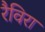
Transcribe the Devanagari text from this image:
रैविरा